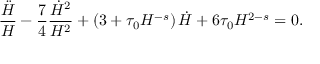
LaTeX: \frac { \ddot { H } } { H } - \frac 7 4 \frac { \dot { H } ^ { 2 } } { H ^ { 2 } } + \left( 3 + \tau _ { 0 } H ^ { - s } \right) \dot { H } + 6 \tau _ { 0 } H ^ { 2 - s } = 0 .